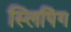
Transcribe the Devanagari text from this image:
स्लिपिंग